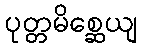
ပုတ္တမိစ္ဆေယျ